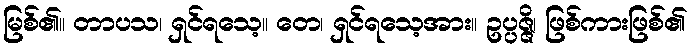
မြစ်၏။ တာပသ၊ ရှင်ရသေ့။ တေ၊ ရှင်ရသေ့အား။ ဥပ္ပဇ္ဇိ၊ ဖြစ်ကားဖြစ်၏